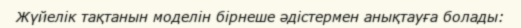
Жүйелік тақтанын моделін бірнеше әдістермен анықтауға болады: